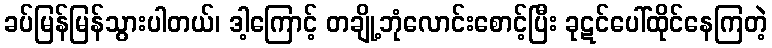
ခပ်မြန်မြန်သွားပါတယ်၊ ဒါ့ကြောင့် တချို့ဘုံလောင်းစောင့်ပြီး ခုဋင်ပေါ်ထိုင်နေကြတဲ့